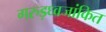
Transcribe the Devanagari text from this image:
गरुड़ध्वजांकित